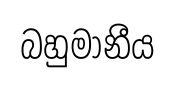
බහුමානීය